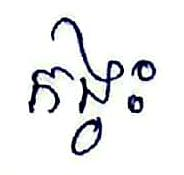
កង្វះ